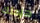
هزمتك